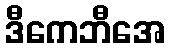
ဒီကေဘီအေ